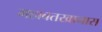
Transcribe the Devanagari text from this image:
महाबतखानास